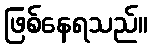
ဖြစ်နေရသည်။